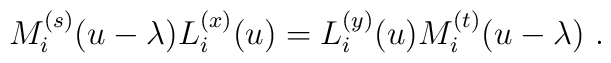
M_i^{(s)}(u-\lambda)L_i^{(x)}(u)=L_i^{(y)}(u)M_i^{(t)}(u-\lambda)~.